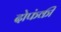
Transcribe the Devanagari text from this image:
दोफंकी